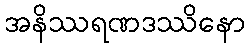
အနိဿရဏဒဿိနော